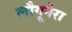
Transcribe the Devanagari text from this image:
लौगूनेरा